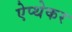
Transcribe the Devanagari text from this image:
ऐप्थेकर